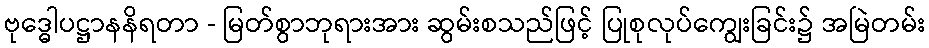
ဗုဒ္ဓေါပဋ္ဌာနနိရတာ - မြတ်စွာဘုရားအား ဆွမ်းစသည်ဖြင့် ပြုစုလုပ်ကျွေးခြင်း၌ အမြဲတမ်း